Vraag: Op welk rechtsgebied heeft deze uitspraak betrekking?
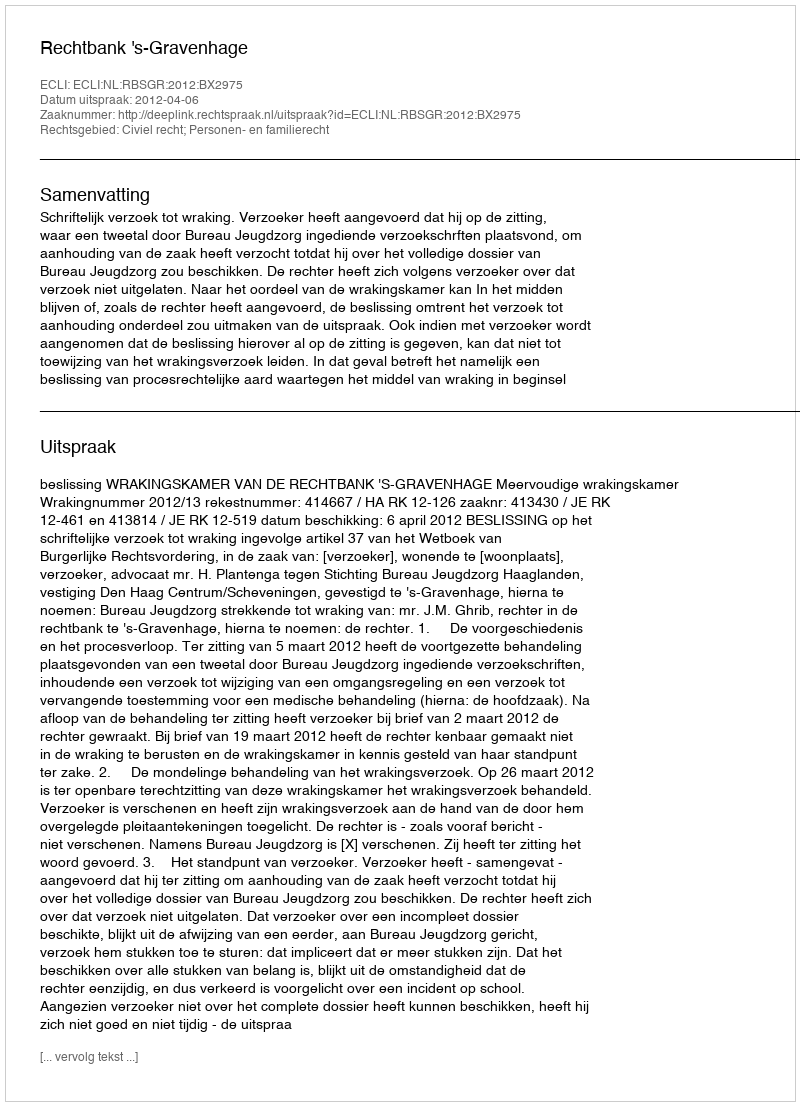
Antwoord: Civiel recht; Personen- en familierecht